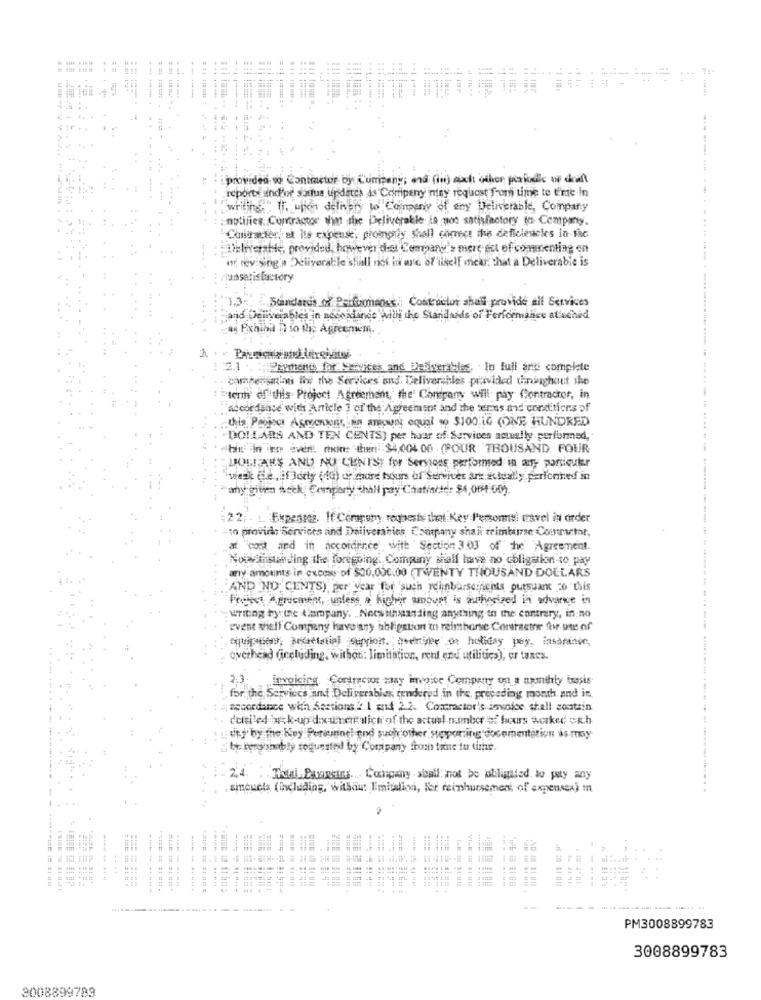
=
----- ---
.*====
provided so Contractor by Company, and (in) such other periodic or draft
reports undPor status updates is Company may request from time to time in
, writing." IF. upon delivery to Coinparty of eny Deliverable, Company
notifies Contractor what the Deliverable is not satisfactory to Company.
Contracter, at Its expense. proinpriy shall correct the deficiesicks in the
Delnorte, provided, however d-et Company's mere ect of commenting en
or revising'a Deliverable'shall not in w'd of ilkelf mek, that a Deliverable is
Standards of Performance Contractor abal provide all Services
Hand Deliverables in nosondande with the Standards of Performance atuched
44 Pxhiba D to Nie Agreemem.
2.1
Payment for Mevices and Deliverables, in full arts complete
campersinn the the Services and Deliverables pravided throughout the
'ten of this Project Agreement, the' Chnepany will pay Contractor, in
"accordance with Article ] of the Agreement and the terms and conditions of
this Project Acronis en amount equal 1 $100,1G (ONE HUNDRED
"DOLLARS AND TEN CENTS) per hour of Services actually performed,
" ^bin In en ever! mont tuin $4,004.00 - COUR 'THOUSAND FOUR
LICHT ANS AND NU CUNIST for Servons performed in any particular
"wieck de, forty (da) y more tours of Survives art actually perlonned in
any given seck Company "hall pay Chatincle: $4,084.00).
22:
Expenses. If Compumy requests that Key Persons travel in order
to provide Services and Deliverables Company shair trimbune Courctar,
at "co aind in accordance with Section 3.03 of the Agreement.
Nowwimstanding the foregoing' Company shall have no obligation to pay
any amounts in excess of $20,000.00 (TWENTY THOUSAND DOLLARS
AND NO CENTS) per year for 'such reimbursements pursuant 20 this
Frageet Agricment, unless a higher amount is authorized in advance in
writing by:the Company, . Nocwithsanding anything on the contrary, in:no
event shelf Company have any obligation to reimburse Contractne for one of
.cquianos, Bacterial Suprion. wenige o holiday pej, insaninve,
overhead (including, withon: limitation, rent and utilities), or taxes.
2,3:
invoicing Contractor may invoice Company on a spothly basis
for the Services and Deliverables rendered in the preceding month and in
accordance with Sessions 2.1 and 2.2. Contractor's invoice shall sontsin
delsiled \Rk-up dixune sich of the actual number of hours worked ok.h
": "y" by the Key Perinincl ond suoliother supporting documentation is my
be kerdobably toquesfel by Company from time to time.
24
Thai Panning Company shall not be obligated to pay any
sicuela (including, without limitation, ler reinhursement of expensea) in
4 4
- -
---- -
. ..
....
---- ---.
-------------
PM3008899783
3008899783
3008899783